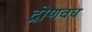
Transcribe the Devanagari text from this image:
द्रोणवध